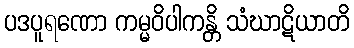
ပဒပူရဏော ကမ္မဝိပါကန္တိ သံဃာဋိယာတိ